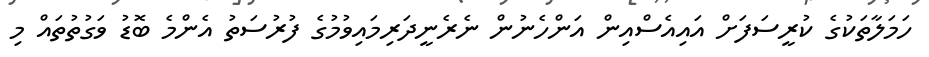
ހަމަލާތަކުގެ ކުރީސަފަށް އައިއެސްއިން އަންހެނުން ނެރެނީދަރިމައިވުމުގެ ފުރުސަތު އެންމެ ބޮޑު ވަގުތުތައް މި